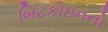
બિટકોઇનનો